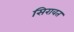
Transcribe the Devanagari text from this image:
सिरावत